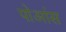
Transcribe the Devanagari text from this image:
पोआंस